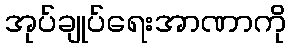
အုပ်ချုပ်ရေးအာဏာကို